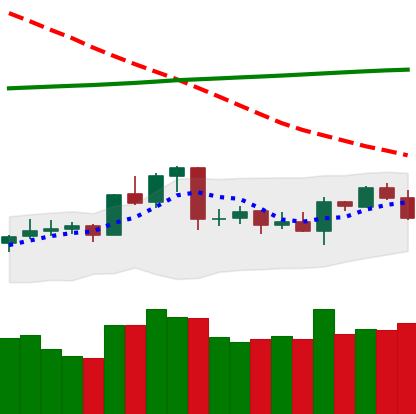
Ticker: ETC-USD
Chart end date: 2020-04-20
Forward return: 9.608%
Label: up_7plus